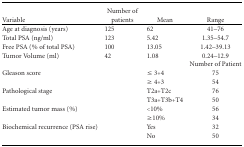
| Variable | Number of patients | Mean | Range |
 | --- | --- | --- | --- |
 | Age at diagnosis (years) | 125 | 62 | 41–76 |
 | Total PSA (ng/ml) | 123 | 5.42 | 1.35–54.7 |
 | Free PSA (% of total PSA) | 100 | 13.05 | 1.42–39.13 |
 | Tumor Volume (ml) | 42 | 1.08 | 0.24–12.9 |
 |  |  |  | Number of Patient |
 | Gleason score |  | ≤ 3+4 | 75 |
 |  |  | ≥ 4+3 | 54 |
 | Pathological stage |  | T2a+T2c | 76 |
 |  |  | T3a+T3b+T4 | 50 |
 | Estimated tumor mass (%) |  | <10% | 56 |
 |  |  | ≥10% | 34 |
 | Biochemical recurrence (PSA rise) |  | Yes | 32 |
 |  |  | No | 50 |